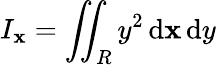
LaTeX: I_{\mathbf{x}}=\iint_{R}y^{2}\, \mathrm{{d}}\mathbf{x}\, \mathrm{{d}}y